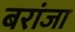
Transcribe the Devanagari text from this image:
बरांजा